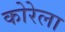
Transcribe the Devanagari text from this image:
कोरेला